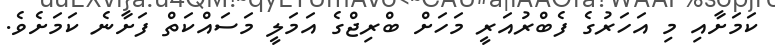
ކަމަށާއި މި އަހަރުގެ ފެބްރުއަރީ މަހަށް ބްރިޖްގެ އަމަލީ މަސައްކަތް ފަށާނެ ކަމަށެވެ.